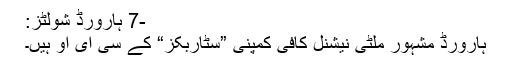
-7 ہارورڈ شولٹز:
ہارورڈ مشہور ملٹی نیشنل کافی کمپنی ”سٹاربکز“ کے سی ای او ہیں۔